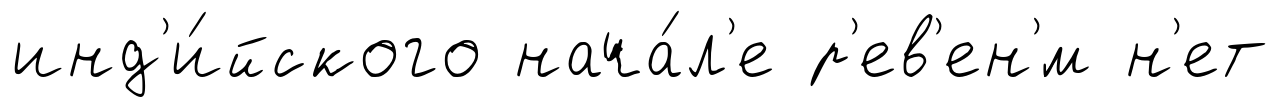
инд'и́йского нача́л'е р'ев'ен'́м н'ет